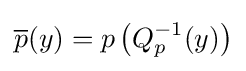
{\overline {p}}(y)=p\left(Q_{p}^{-1}(y)\right)